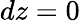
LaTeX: dz=0